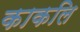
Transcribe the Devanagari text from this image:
काकलि